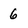
Character: 6